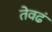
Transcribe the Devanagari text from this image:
तेवढं